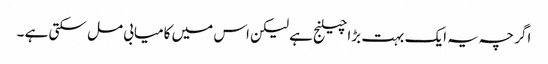
اگر چہ یہ ایک بہت بڑا چیلنج ہے لیکن اس میں کامیابی مل سکتی ہے ۔